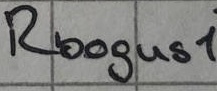
Text: Rboguas1